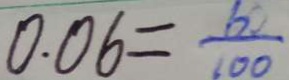
0 . 0 6 = \frac { 6 0 } { 1 0 0 }